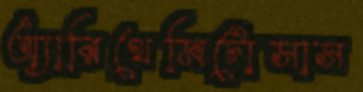
অ্যারিথেমিটোসাস